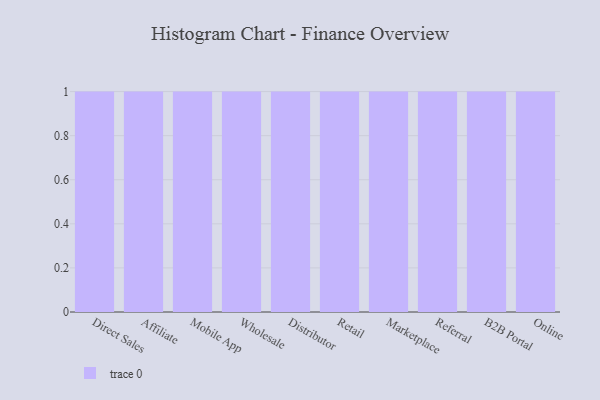
{"axis": {"x": "Channel", "y": "Market Share (%)"}, "legend": [""], "data": [{"x": "Direct Sales", "y": 3, "type": ""}, {"x": "Affiliate", "y": 8, "type": ""}, {"x": "Mobile App", "y": 32, "type": ""}, {"x": "Wholesale", "y": 20, "type": ""}, {"x": "Distributor", "y": 78, "type": ""}, {"x": "Retail", "y": 51, "type": ""}, {"x": "Marketplace", "y": 11, "type": ""}, {"x": "Referral", "y": 13, "type": ""}, {"x": "B2B Portal", "y": 74, "type": ""}, {"x": "Online", "y": 41, "type": ""}]}